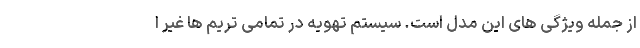
از جمله ویژگی های این مدل است. سیستم تهویه در تمامی تریم ها غیر ا